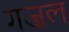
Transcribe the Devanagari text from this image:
गज़ल